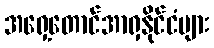
အရှေ့တောင်အာရှနိုင်ငံများ